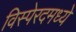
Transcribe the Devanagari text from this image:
विस्पेरदमध्ये